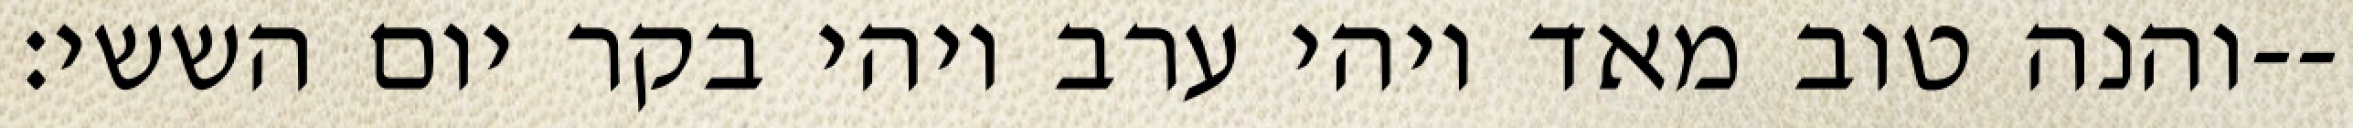
והנה טוב מאד ויהי ערב ויהי בקר יום הששי׃--